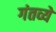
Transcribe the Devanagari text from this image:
गंतव्ये